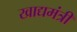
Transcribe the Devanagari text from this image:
खाद्यमंत्री